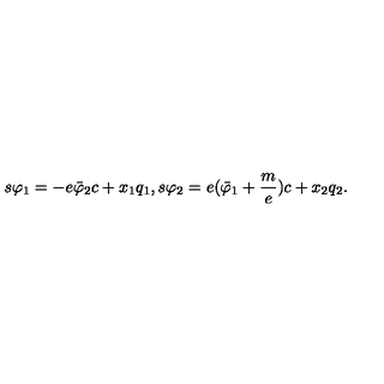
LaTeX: s \varphi _ { 1 } = - e \bar { \varphi } _ { 2 } c + x _ { 1 } q _ { 1 } , s \varphi _ { 2 } = e ( \bar { \varphi } _ { 1 } + \frac m e ) c + x _ { 2 } q _ { 2 } .